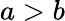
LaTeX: a>b